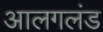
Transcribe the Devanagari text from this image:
आलगलंड